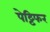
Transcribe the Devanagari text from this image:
पेट्टिफर